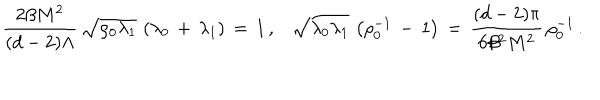
\frac { 2 \beta M ^ { 2 } } { ( d - 2 ) \Lambda } \, \sqrt { \rho _ { 0 } \lambda _ { 1 } } \, \left( \lambda _ { 0 } \, + \, \lambda _ { 1 } \right) \, = \, 1 \, { , } \quad \sqrt { \lambda _ { 0 } \lambda _ { 1 } } \, \left( \rho _ { 0 } ^ { - 1 } \, - \, 1 \right) \, = \, \frac { ( d - 2 ) \pi } { 6 \beta ^ { 2 } M ^ { 2 } } \, \rho _ { 0 } ^ { - 1 } \, { . }